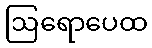
ဩရောပေထ